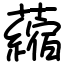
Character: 𧃴